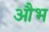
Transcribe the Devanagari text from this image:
औभ